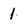
Character: 1